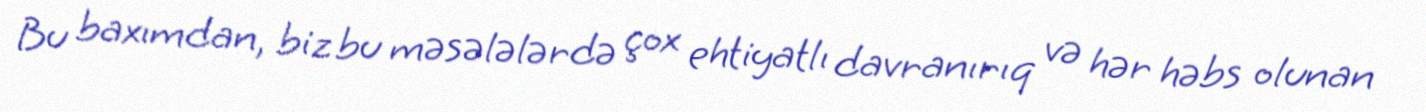
Bu baxımdan, biz bu məsələlərdə çox ehtiyatlı davranırıq və hər həbs olunan